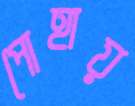
পোহায়